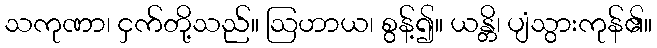
သကုဏာ၊ ငှက်တို့သည်။ ဩဟာယ၊ စွန့်၍။ ယန္တိ၊ ပျံသွားကုန်၏။